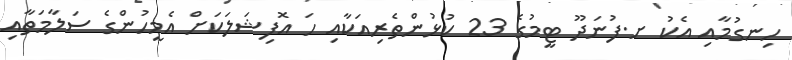
ހިނގުމާއި އެކު ށ.ފުނަދޫ ޓީމުގެ 23 ކުޅުންތެރިއަކާއި ހަ އޮފިޝަލަކަށް އެމީހުންގެ ސަލާމަތާއި